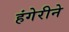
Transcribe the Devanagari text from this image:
हंगेरीने